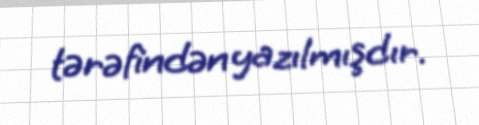
tərəfindən yazılmışdır.